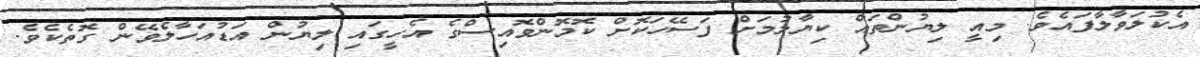
އެކުލަވާލާފައެވެ. މިއީ ލިޔުންތައް ކިޔާލުމަށް ފަސޭހަކޮށް ކޮމޮންވޮއިސްގެ އެހީގައި ލިޔުން އަޑުއަހާލެވޭން ގޮތެކެވެ.